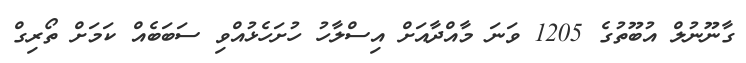
ގާނޫނުލް އުބޫތުގެ 1205 ވަނަ މާއްދާއަށް އިސްލާހު ހުށަހެޅުއްވި ސަބަބެއް ކަމަށް ތޯރިގް